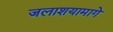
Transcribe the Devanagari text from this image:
जलाशयामागे